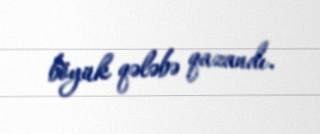
böyük qələbə qazandı.